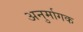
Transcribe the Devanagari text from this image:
अनुर्मागक